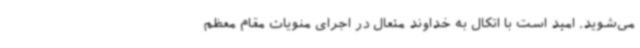
می‌شوید. امید است با اتکال به خداوند متعال در اجرای منویات مقام معظم